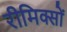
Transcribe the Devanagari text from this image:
रीमिक्सों